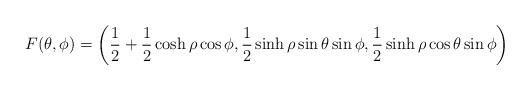
LaTeX: \begin{align*}F(\theta,\phi)=\left(\frac{1}{2}+\frac{1}{2}\cosh\rho\cos\phi,\frac{1}{2}\sinh\rho\sin\theta\sin\phi,\frac{1}{2}\sinh\rho\cos\theta\sin\phi\right)\end{align*}